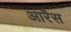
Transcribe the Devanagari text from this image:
आरैस